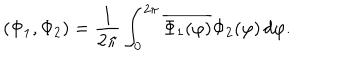
( \Phi _ { 1 } , \Phi _ { 2 } ) = \frac { 1 } { 2 \pi } \int _ { 0 } ^ { 2 \pi } \overline { { { \Phi _ { 1 } ( \varphi ) } } } \Phi _ { 2 } ( \varphi ) \, d \varphi .